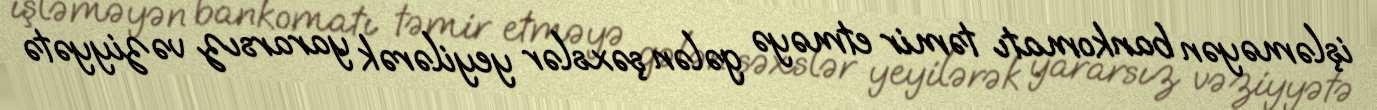
işləməyən bankomatı təmir etməyə gələn şəxslər yeyilərək yararsız vəziyyətə